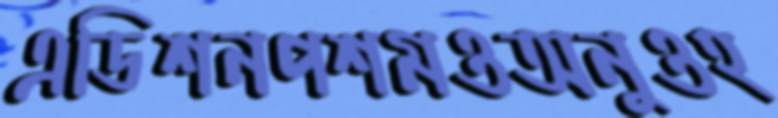
এডিশনপশমওঅনুওহ